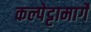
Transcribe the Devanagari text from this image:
कल्पेट्टामार्गे